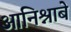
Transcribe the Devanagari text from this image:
आनिश्नाबे